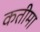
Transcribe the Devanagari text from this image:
कतीमा